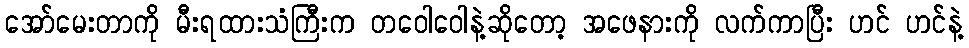
အော်မေးတာကို မီးရထားသံကြီးက တဝေါဝေါနဲ့ဆိုတော့ အဖေနားကို လက်ကာပြီး ဟင် ဟင်နဲ့